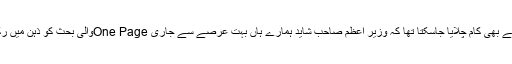
کھلے ذہن کے ساتھ اگرچہ یہ وضاحت کرتے ہوئے بھی کام چلایا جاسکتا تھا کہ وزیر اعظم صاحب شاید ہمارے ہاں بہت عرصے سے جاری One Pageوالی بحث کو ذہن میں رکھتے ہوئے Manifestoکا لفظ استعمال کرگئے۔